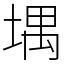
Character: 堣